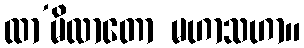
ထာ’မိလာတော မဟာသဟာ။